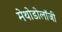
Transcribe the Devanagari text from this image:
मेथोडोलॉजी